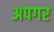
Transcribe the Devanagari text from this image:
अपगर